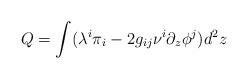
LaTeX: \begin{align*}Q=\int(\lambda^i\pi_i-2g_{ij}\nu^i\partial_z\phi^j)d^2z\end{align*}